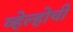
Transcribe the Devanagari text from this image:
व्हेल्होची